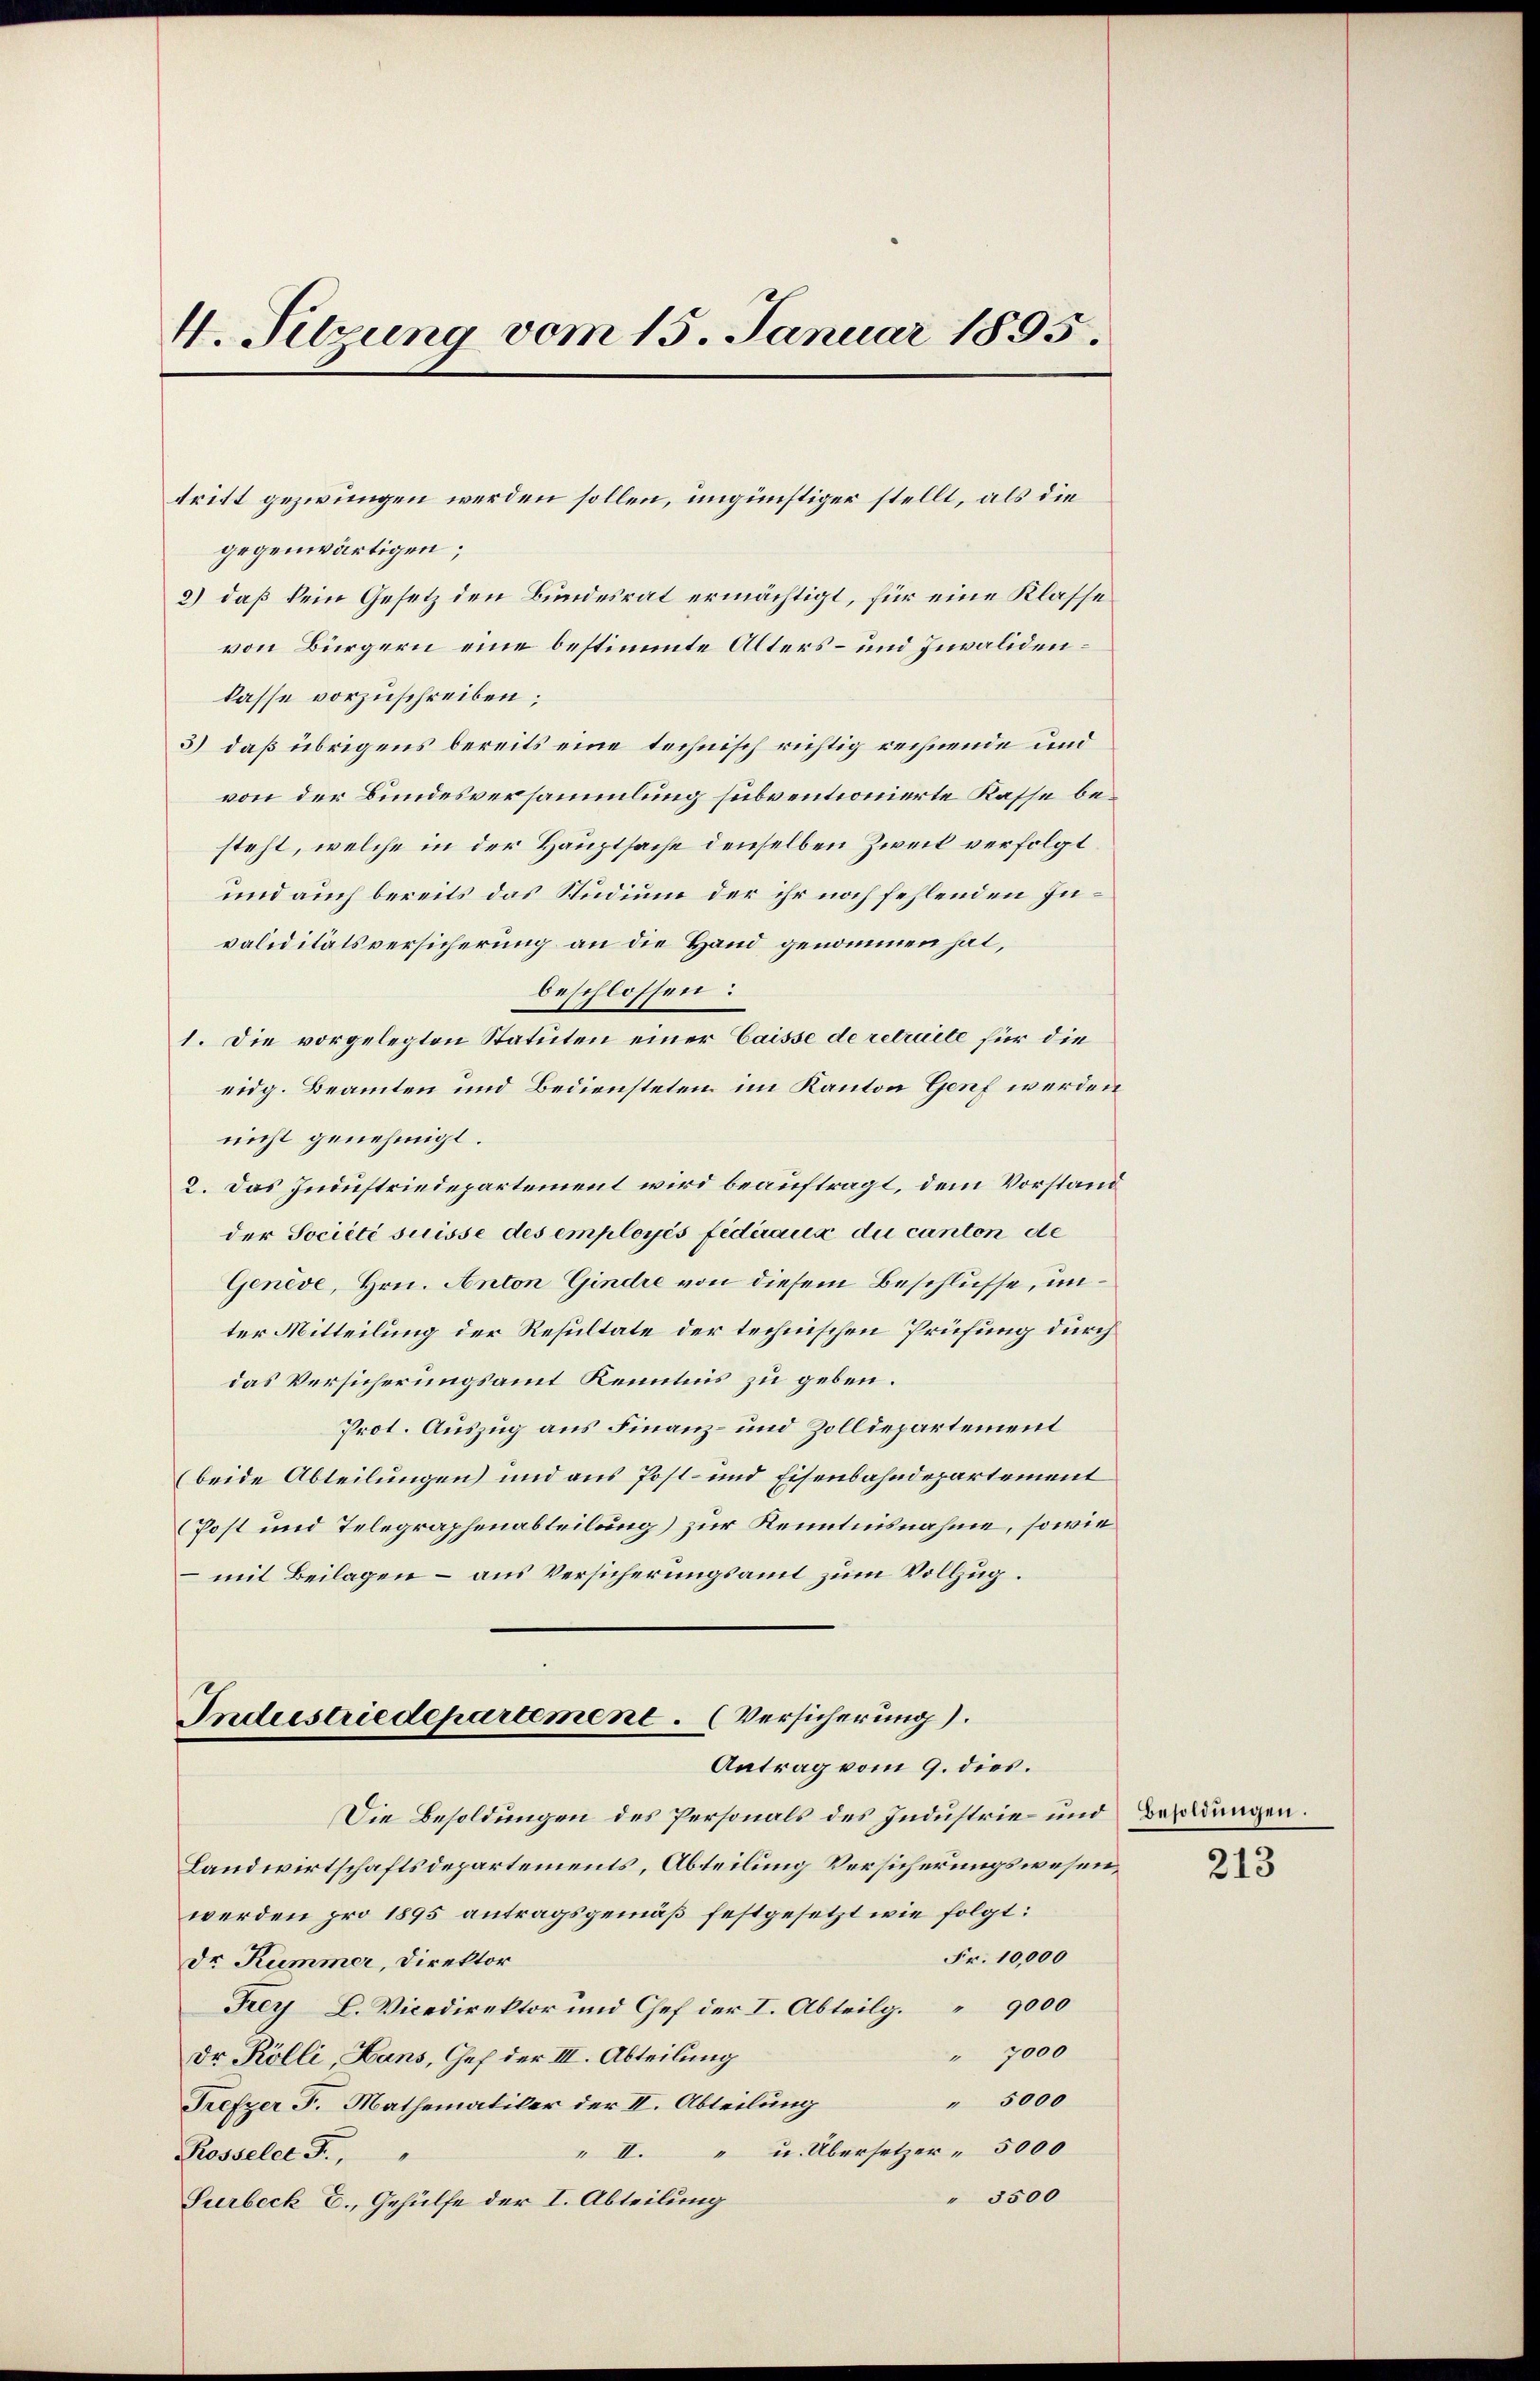
4. Sitzung vom 15. Januar 1895.

tritt gezwungen werden sollen, ungünstiger stellt, als die
gegenwärtigen;
2) daß kein Gesetz den Bundesrat ermächtigt, für eine Klasse
von Bürgern eine bestimmte Alters- und Invalidenkasse vorzuschreiben;
3) daß übrigens bereits eine technisch richtig rechnende und
von der Bundesversammlung subventionierte Kasse besteht, welche in der Hauptsache denselben Zweit verfolgt
und auch bereits das Studium der ihr noch fehlenden Invaliditätsversicherung an die Hand genommen hat,
beschlossen:
1. Die vorgelegten Statuten einer Caisse de retraite für die
eidg. Beamten und Bediensteten im Kanton Genf werden
nicht genehmigt.
2. Das Industriedepartement wird beauftragt, dem Vorstand
der Société suisse des employés fédéraux du canton de
Genève, Hrn. Anton Gindre von diesem Beschlusse, unter Mitteilung der Resultate der technischen Prüfung durch
das Versicherungsamt Kenntnis zu geben.
Prot. Auszug aus Finanz- und Zolldepartement
(beide Abteilungen und aus Post- und Eisenbahndepartement
(Post und Telegraphenabteilung) zur Kenntnisnahme, sowie
 mit Beilagen – aus Versicherungsamt zum Vollzug.

Industriedepartement. (Versicherung).
Antrag vom 9. dies.

Die Besoldungen des Personals des Industrie und Besoldungen.
Landwirtschaftsdepartements, Abteilung Versicherungswesen,
werden pro 1895 antragsgemäß festgesetzt wie folgt:
Fr. 10,000
Dr. Kummer, Direktor
Frey L. Vicedirektor und Chef der I. Abteilg. 9000
" 7000
Dr. Kölli, Hans, Chef der III. Abteilung
" 5000
Trefzer F. Mathematiker der II. Abteilung
" u. Übersetzer 5000
 II.
Rosseler F.,
" 3500
Surbeck E., Gehülfe der I. Abteilung

213